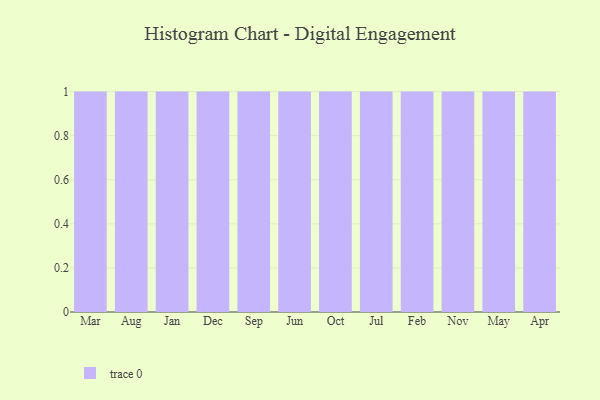
{"axis": {"x": "Month", "y": "Energy Usage (MWh)"}, "legend": [""], "data": [{"x": "Mar", "y": 25, "type": ""}, {"x": "Aug", "y": 51, "type": ""}, {"x": "Jan", "y": 6, "type": ""}, {"x": "Dec", "y": 34, "type": ""}, {"x": "Sep", "y": 75, "type": ""}, {"x": "Jun", "y": 38, "type": ""}, {"x": "Oct", "y": 85, "type": ""}, {"x": "Jul", "y": 26, "type": ""}, {"x": "Feb", "y": 25, "type": ""}, {"x": "Nov", "y": 8, "type": ""}, {"x": "May", "y": 76, "type": ""}, {"x": "Apr", "y": 8, "type": ""}]}